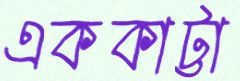
এককাট্টা